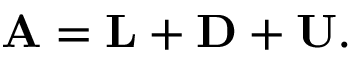
\mathbf { A } = \mathbf { L } + \mathbf { D } + \mathbf { U } .